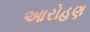
આરોહણ